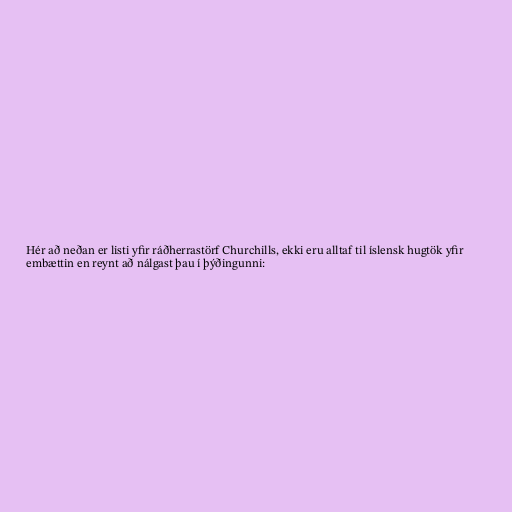
Hér að neðan er listi yfir ráðherrastörf Churchills, ekki eru alltaf til íslensk hugtök yfir
embættin en reynt að nálgast þau í þýðingunni: